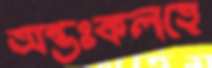
অন্তঃকলহে